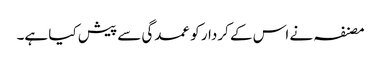
مصنفہ نے اس کے کردار کو عمدگی سے پیش کیا ہے۔